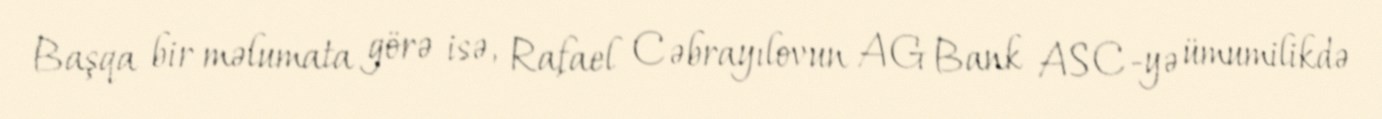
Başqa bir məlumata görə isə, Rafael Cəbrayılovun AG Bank ASC-yə ümumilikdə